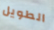
الطويل